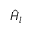
\hat { H } _ { l }